Reports on dispensaries and lunatic asylums in the Province of Oudh - 1869-1876
Year: 1869
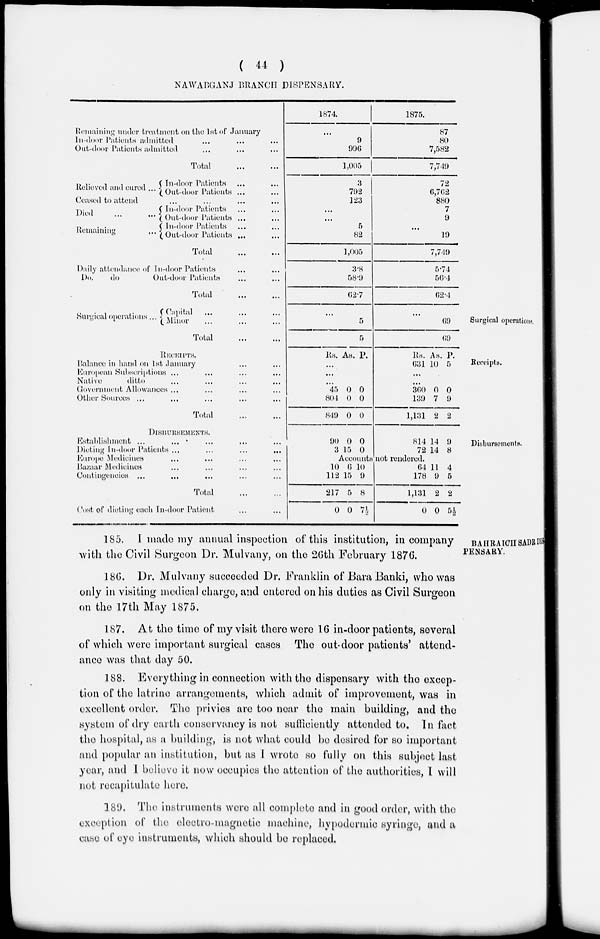
( 44 )
NAWABGANJ BRANCH DISPENSARY.
Remaining under treatment on the 1st of January
In-door Patients admitted ... ... ...
Out-door Patients admitted ... ... ...
Total ... ...
1874.
...
9
996
1,005
1875.
87
80
7,582
7,749
Relieved and cured ...
In-door Patients ... ...
Out-door Patients ... ...
Ceased to attend
...
...
... ...
Died
...
...
Remaining ...
In-door Patients ... ...
Out-door Patients ... ...
In-door Patients ... ...
Out-door Patients ... ...
Total
...
...
3
792
123
...
...
5
82
1,005
72
6,762
880
7
9
...
19
7,749
Daily attendance of In-door Patients ... ...
Do.
do
Out-door Patients ... ...
Total ... ...
3.8
58.9
62.7
5.74
56.4
62.4
Surgical operations.
Surgical operations ...
Capital
...
...
...
Minor ... ... ...
Total
...
...
...
5
5
...
69
69
Receipts.
RECEIPTS.
Balance in hand on 1st January ... ...
European Subscriptions ... ... ... ...
Native
ditto ... ... ... ...
Government Allowances ... ... ... ...
Other Sources ... ... ... ... ...
Total ... ...
Rs. As. P.
...
...
...
45
804
849
0
0
0
0
0
0
Rs.
631
As.
10
P.
5
...
...
360
139
1,131
0
7
2
0
9
2
Disbursements.
DISBURSEMENTS.
Establishment ... ... ... ... ...
Dieting In-door Patients ...
...
...
...
Europe Medicines ... ... ... ...
Bazaar Medicines ... ... ... ...
Contingencies ... ... ... ... ...
Total
...
...
Cost of dieting each In-door Patient ... ...
90
3
0
15
0
0
814
72
14
14
0
8
Accounts not rendered.
10
112
217
0
6
15
5
0
10
9
8
7½
64
178
1,131
0
11
9
2
0
4
5
2
5½
BAHRAICH SADR DIS-
PENSARY.
185. I made my annual inspection of this institution, in company
with the Civil Surgeon Dr. Mulvany, on the 26th February 1876.
186. Dr. Mulvany succeeded Dr. Franklin of Bara Banki, who was
only in visiting medical charge, and entered on his duties as Civil Surgeon
on the 17th May 1875.
187. At the time of my visit there were 16 in-door patients, several
of which were important surgical cases The out-door patients' attend-
ance was that day 50.
188. Everything in connection with the dispensary with the excep-
tion of the latrine arrangements, which admit of improvement, was in
excellent order. The privies are too near the main building, and the
system of dry earth conservancy is not sufficiently attended to. In fact
the hospital, as a building, is not what could be desired for so important
and popular an institution, but as I wrote so fully on this subject last
year, and I believe it now occupies the attention of the authorities, I will
not recapitulate here.
189. The instruments were all complete and in good order, with the
exception of the electro-magnetic machine, hypodermic syringe, and a
case of eye instruments, which should be replaced.